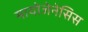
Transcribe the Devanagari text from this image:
मायोजेनेसिस